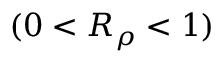
( 0 < R _ { \rho } < 1 )